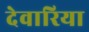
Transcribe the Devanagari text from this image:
देवारिया